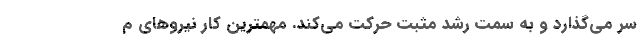
سر می‌‌گذارد و به سمت رشد مثبت حرکت می‌کند. مهمترین کار نیروهای م